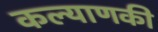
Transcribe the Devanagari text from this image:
कल्याणकी